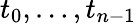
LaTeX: t_{0},\ldots,t_{n-1}